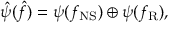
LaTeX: \hat { \psi } ( \hat { f } ) = \psi ( f _ { \mathrm { N S } } ) \oplus \psi ( f _ { \mathrm { R } } ) ,